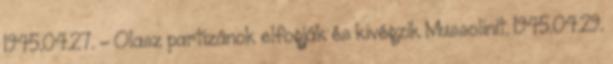
1945.04.27. - Olasz partizánok elfogják és kivégzik Mussolinit. 1945.04.29.